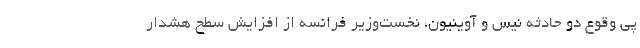
پی وقوع دو حادثه نیس و آوینیون، نخست‌وزیر فرانسه از افزایش سطح هشدار